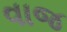
વાજ